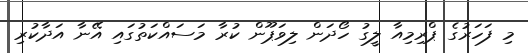
މި ފަހަރުގެ ޕްރިމިއާ ލީގު ހޯދަން ލިވަޕޫން ކުރާ މަސައްކަތުގައި އޭނާ އަދާކުރި